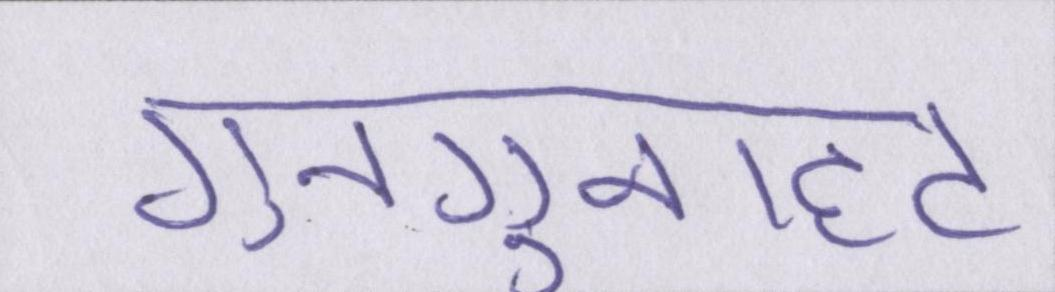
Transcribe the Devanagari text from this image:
गुनगुनाहट